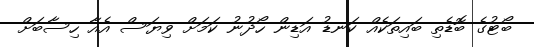
ބޯޓުގެ ބޮޑެތި ބައިތަކެއް ކަނޑު އަޑިން ހޯދުނު ކަމަށް ވިޔަސް އެއާ ހިސާބަށް